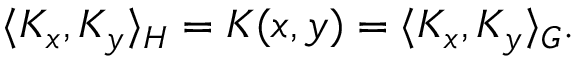
\langle K _ { x } , K _ { y } \rangle _ { H } = K ( x , y ) = \langle K _ { x } , K _ { y } \rangle _ { G } .